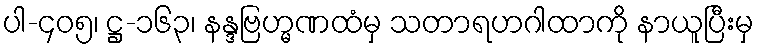
ပါ-၄၀၅၊ ဋ္ဌ-၁၆၃၊ နန္ဒဗြဟ္မဏထံမှ သတာရဟဂါထာကို နာယူပြီးမှ